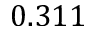
0 . 3 1 1